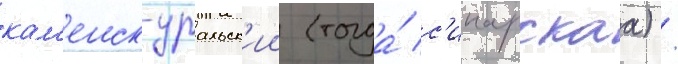
кам'енск-уральск'ии (тогда́ с'инарскаа) /